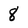
Character: 8